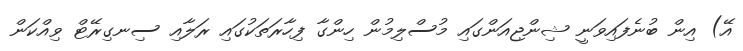
އޭ) އިން ބުނެފައިވަނީ ޝިންޖިއަންގައި މުސްލިމުން ހިންގާ ފިހާރަތަކުގައި ރަލާއި ސިނގިރޭޓް ވިއްކަން